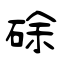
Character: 硢